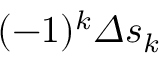
( - 1 ) ^ { k } \varDelta s _ { k }